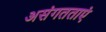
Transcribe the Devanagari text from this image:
असंगतताएं